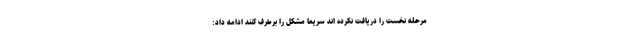
مرحله نخست را دریافت نکرده اند سریعا مشکل را برطرف کنند ادامه داد: